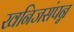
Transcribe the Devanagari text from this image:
खनिजसंपन्न